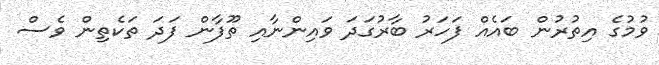
ވުމުގެ އިތުރުން ބައެއް ފަހަރު ބާރުގަދަ ވައިންނާއި ތޫފާން ފަދަ ތަކެތިން ވެސް